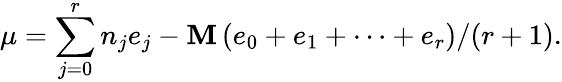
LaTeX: \mu=\sum_{j=0}^{r}n_{j}e_{j}-\mathbf{M}\left(e_{0}+e_{1}+\cdots+e_{r}\right)/(r+1).